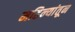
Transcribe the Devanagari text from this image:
महिन्‍यांतून